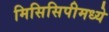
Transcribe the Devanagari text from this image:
मिसिसिपीमध्ये